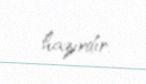
hazırdır.